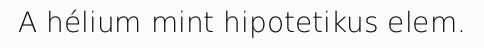
A hélium mint hipotetikus elem.